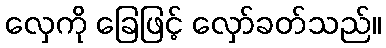
လှေကို ခြေဖြင့် လှော်ခတ်သည်။